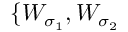
\{ W _ { \sigma _ { 1 } } , W _ { \sigma _ { 2 } }